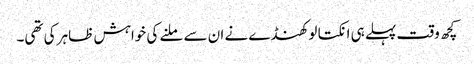
کچھ وقت پہلے ہی انکتا لوکھنڈے نے ان سے ملنے کی خواہش ظاہر کی تھی۔